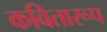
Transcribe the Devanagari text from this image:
कवितारूप